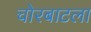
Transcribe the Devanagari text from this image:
चोरबाटला